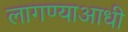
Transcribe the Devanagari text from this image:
लागण्याआधी